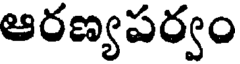
ఆరణ్యపర్వం